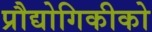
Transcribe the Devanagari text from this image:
प्रौद्योगिकीको